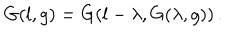
G ( l , g ) = G ( l - \lambda , G ( \lambda , g ) ) \, .